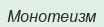
Монотеизм